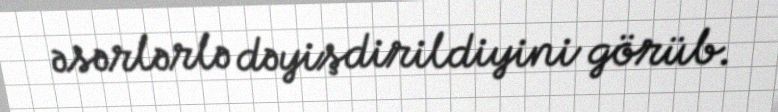
əsərlərlə dəyişdirildiyini görüb.